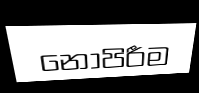
නොපිරීම